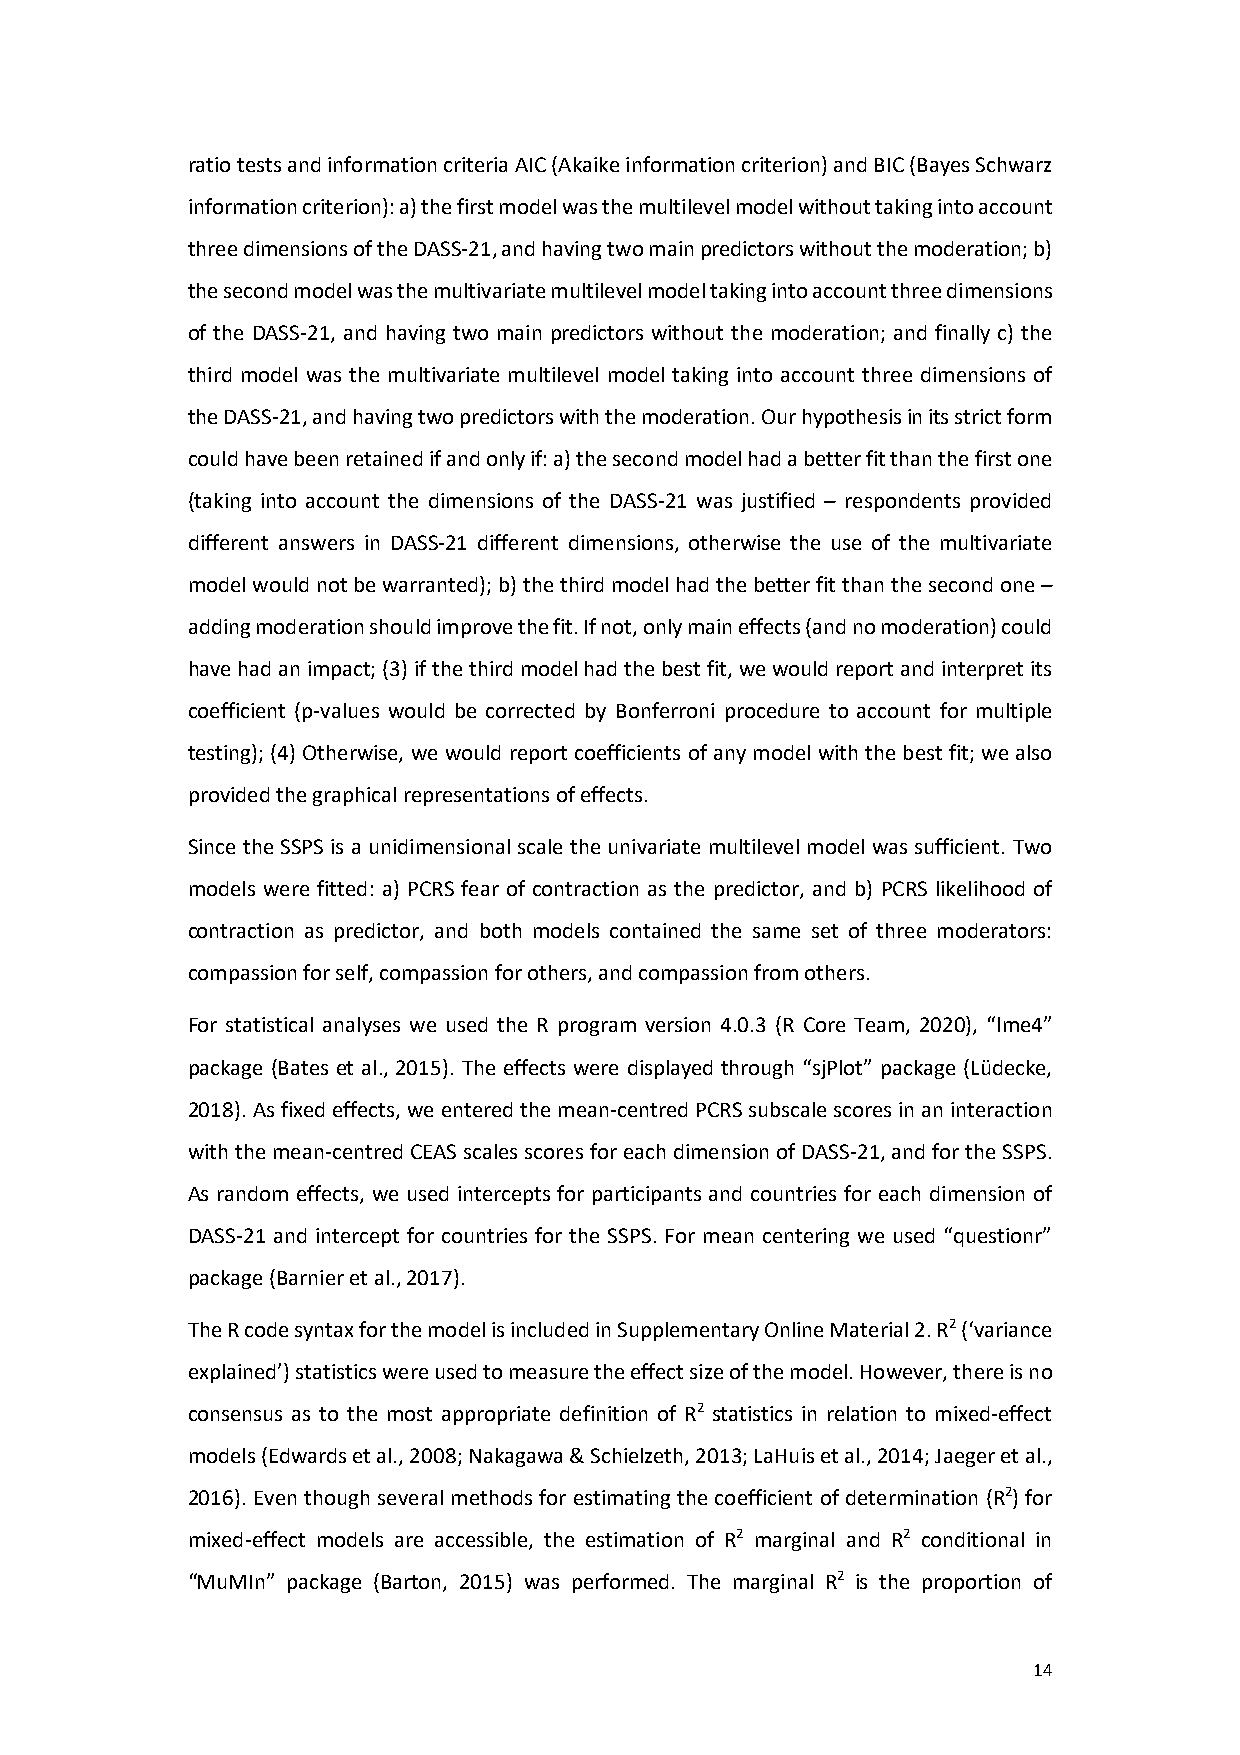
ratio tests and information criteria AIC (Akaike information criterion) and BIC (Bayes Schwarz
 information criterion): a) the first model was the multilevel model without taking into account
 three dimensions of the DASS-21, and having two main predictors without the moderation; b)
 the second model was the multivariate multilevel model taking into account three dimensions
 of the DASS-21, and having two main predictors without the moderation; and finally c) the
 third model was the multivariate multilevel model taking into account three dimensions of
 the DASS-21, and having two predictors with the moderation. Our hypothesis in its strict form
 could have been retained if and only if: a) the second model had a better fit than the first one
 (taking into account the dimensions of the DASS-21 was justified – respondents provided
 different answers in DASS-21 different dimensions, otherwise the use of the multivariate
 model would not be warranted); b) the third model had the better fit than the second one –
 adding moderation should improve the fit. If not, only main effects (and no moderation) could
 have had an impact; (3) if the third model had the best fit, we would report and interpret its
 coefficient (p-values would be corrected by Bonferroni procedure to account for multiple
 testing); (4) Otherwise, we would report coefficients of any model with the best fit; we also
 provided the graphical representations of effects.
 Since the SSPS is a unidimensional scale the univariate multilevel model was sufficient. Two
 models were fitted: a) PCRS fear of contraction as the predictor, and b) PCRS likelihood of
 contraction as predictor, and both models contained the same set of three moderators:
 compassion for self, compassion for others, and compassion from others.
 For statistical analyses we used the R program version 4.0.3 (R Core Team, 2020), “lme4”
 package (Bates et al., 2015). The effects were displayed through “sjPlot” package (Lüdecke,
 2018). As fixed effects, we entered the mean-centred PCRS subscale scores in an interaction
 with the mean-centred CEAS scales scores for each dimension of DASS-21, and for the SSPS.
 As random effects, we used intercepts for participants and countries for each dimension of
 DASS-21 and intercept for countries for the SSPS. For mean centering we used “questionr”
 package (Barnier et al., 2017).
 The R code syntax for the model is included in Supplementary Online Material 2. R2 (‘variance
 explained’) statistics were used to measure the effect size of the model. However, there is no
 consensus as to the most appropriate definition of R2 statistics in relation to mixed-effect
 models (Edwards et al., 2008; Nakagawa & Schielzeth, 2013; LaHuis et al., 2014; Jaeger et al.,
 2016). Even though several methods for estimating the coefficient of determination (R2) for
 mixed-effect models are accessible, the estimation of R2 marginal and R2 conditional in
 “MuMIn” package (Barton, 2015) was performed. The marginal R2 is the proportion of
 14